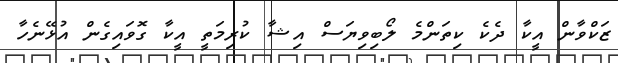
ޒަކްވާން އީކާ ދެކެ ކިތަންމެ ލޯބިވިޔަސް އިޝާ ކުރިމަތީ އީކާ ގޮވައިގެން އުޅޭނެހާ